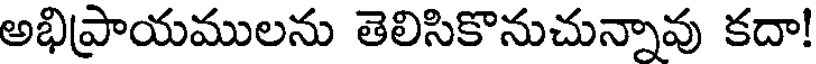
అభిప్రాయములను తెలిసికొనుచున్నావు కదా!